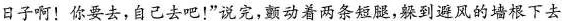
日子啊！你要去，自己去吧！”说完，颤动着两条短腿，躲到避风的墙根下去